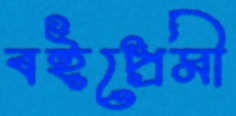
বইপ্রেমী